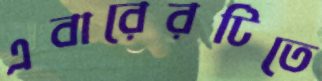
এবারেরটিতে